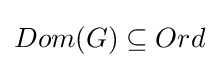
Dom(G)\subseteq Ord